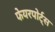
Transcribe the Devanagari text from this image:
फेयरपोर्ट्स